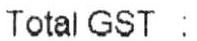
TOTAL GST :